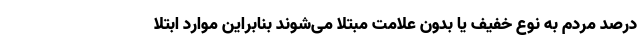
درصد مردم به نوع خفیف یا بدون علامت مبتلا می‌شوند بنابراین موارد ابتلا